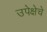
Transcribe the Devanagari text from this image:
उपेक्षेचे